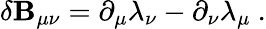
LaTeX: \delta\mathbf{B}_{\mu\nu}=\partial_{\mu}\lambda_{\nu}-\partial_{\nu}\lambda_{\mu}\ .